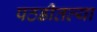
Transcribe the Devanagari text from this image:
पठडीतल्या